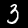
Digit: 3